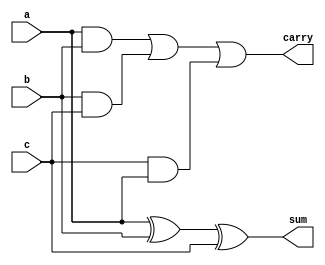
`timescale 1ns / 1ps
//////////////////////////////////////////////////////////////////////////////////
// Company: 
// Engineer: 
// 
// Design Name: 
// Module Name: fulladder
// Project Name: 
// Target Devices: 
// Tool Versions: 
// Description: 
// 
// Dependencies: 
// 
// Revision:
// Revision 0.01 - File Created
// Additional Comments:
// 
//////////////////////////////////////////////////////////////////////////////////


module fulladder(
    input a,b,c,
    output sum,carry
    );
    assign sum=(a^b)^c;
    assign carry=(a&b)||(b&c)||(c&a);
endmodule